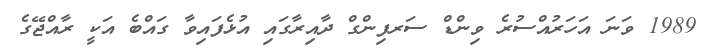
1989 ވަނަ އަހަރުއްސުރެ ވިންޑް ސަރފިންގް ދާއިރާގައި އުޅެފައިވާ ގައްބެ އަކީ ރާއްޖޭގެ